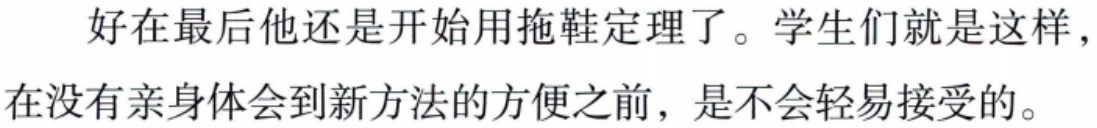
好在最后他还是开始用拖鞋定理了。学生们就是这样，在没有亲身体会到新方法的方便之前，是不会轻易接受的。